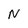
Character: N